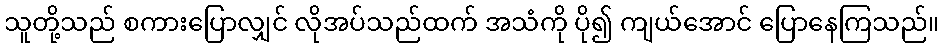
သူတို့သည် စကားပြောလျှင် လိုအပ်သည်ထက် အသံကို ပို၍ ကျယ်အောင် ပြောနေကြသည်။